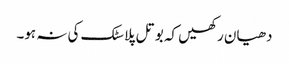
دھیان رکھیں کہ بوتل پلاسٹک کی نہ ہو۔